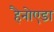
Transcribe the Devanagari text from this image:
हैनोएडा